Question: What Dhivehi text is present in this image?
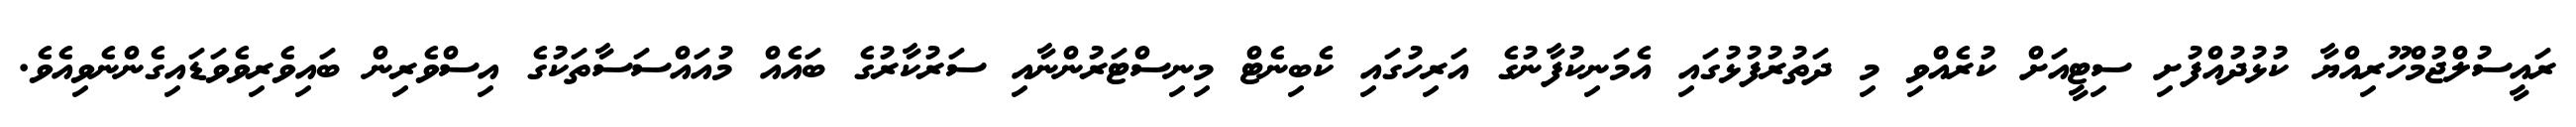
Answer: ރައީސުލްޖުމްހޫރިއްޔާ ކުޅުދުއްފުށި ސިޓީއަށް ކުރެއްވި މި ދަތުރުފުޅުގައި އެމަނިކުފާނުގެ އަރިހުގައި ކެބިނެޓް މިނިސްޓަރުންނާއި ސަރުކާރުގެ ބައެއް މުއައްސަސާތަކުގެ އިސްވެރިން ބައިވެރިވެވަޑައިގެންނެވިއެވެ.